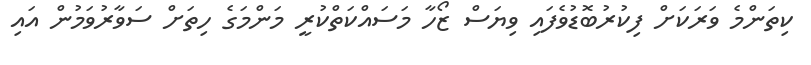
ކިތަންމެ ވަރަކަށް ފިކުރުބޮޑުވެފައި ވިޔަސް ޒޯހާ މަސައްކަތްކުރީ މަންމަގެ ހިތަށް ސަވާރުވަމުން އައި